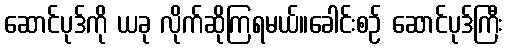
ဆောင်ပုဒ်ကို ယခု လိုက်ဆိုကြရမယ်။ခေါင်းစဉ် ဆောင်ပုဒ်ကြီး